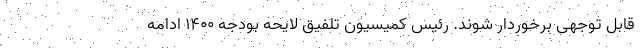
قابل توجهی برخوردار شوند. رئیس کمیسیون تلفیق لایحه بودجه 1400 ادامه